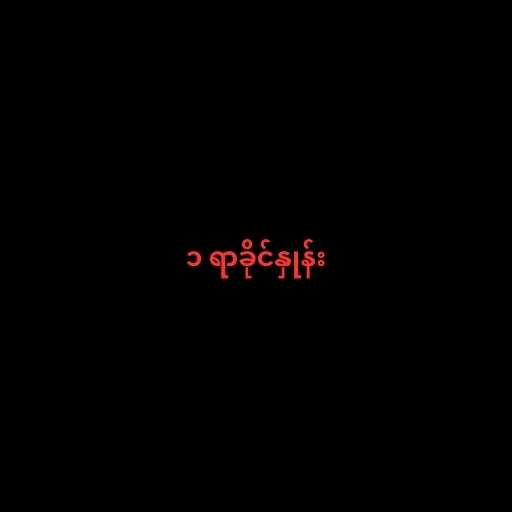
၁ ရာခိုင်နှုန်း